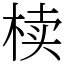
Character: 椟